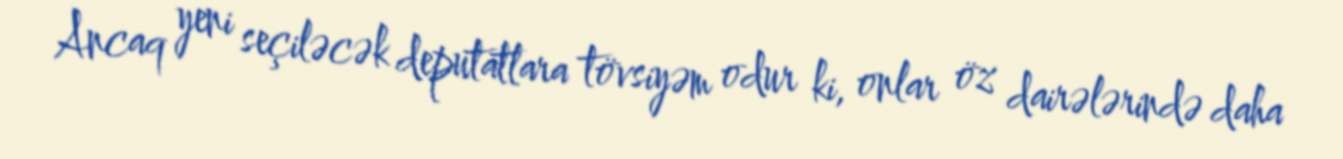
Ancaq yeni seçiləcək deputatlara tövsiyəm odur ki, onlar öz dairələrində daha